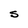
Character: S